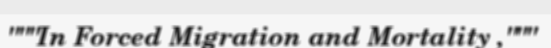
"""In Forced Migration and Mortality ,"""